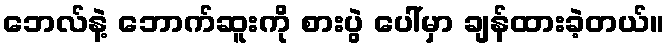
ဘေလ်နဲ့ ဘောက်ဆူးကို စားပွဲ ပေါ်မှာ ချန်ထားခဲ့တယ်။